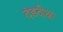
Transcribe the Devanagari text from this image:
दंडदीक्षा